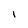
Character: i